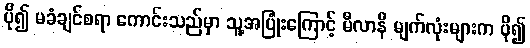
ပို၍ မခံချင်စရာ ကောင်းသည်မှာ သူ့အပြုံးကြောင့် မီလာနီ မျက်လုံးများက ပို၍